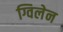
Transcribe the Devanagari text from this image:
ग्विलेन